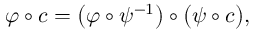
\varphi \circ c = { \big ( } \varphi \circ \psi ^ { - 1 } { \big ) } \circ { \big ( } \psi \circ c { \big ) } ,